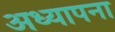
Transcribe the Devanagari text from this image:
अध्यापना